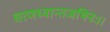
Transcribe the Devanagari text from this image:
चरणध्वान्तजथिनः।।